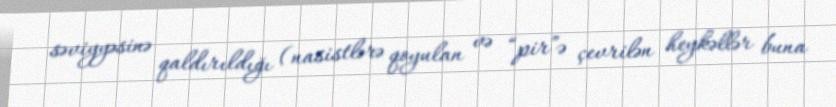
səviyyəsinə qaldırıldığı (nasistlərə qoyulan və “pir”ə çevrilən heykəllər buna